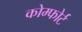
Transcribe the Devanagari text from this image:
कोम्फोर्ट